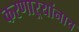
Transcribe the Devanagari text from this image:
करणाऱ्यांनाच